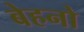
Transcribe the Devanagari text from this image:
बेहनो